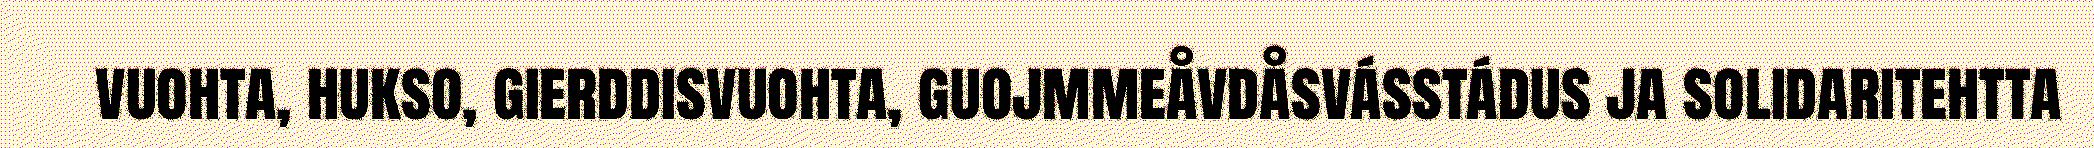
vuohta, hukso, gierddisvuohta, guojmmeåvdåsvásstádus ja solidaritehtta